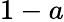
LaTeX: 1-a